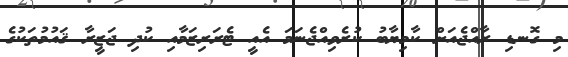
މި ގޮނޑި ރާއްޖެއަށް ކާމިޔާބު ކުރެވިއްޖެނަމަ އެއީ ޓެރަރިޒަމާއި ކުދި ޖަޒީރާ ޤައުމުތަކުގެ